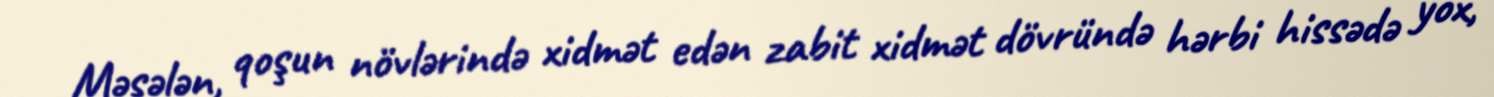
Məsələn, qoşun növlərində xidmət edən zabit xidmət dövründə hərbi hissədə yox,